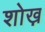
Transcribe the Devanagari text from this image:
शोख़